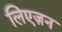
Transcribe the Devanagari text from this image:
लिएज़न